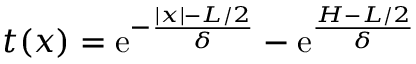
t ( x ) = \mathrm { e } ^ { - \frac { | x | - L / 2 } { \delta } } - \mathrm { e } ^ { \frac { H - L / 2 } { \delta } }